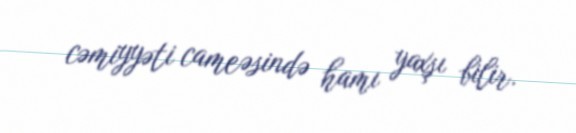
cəmiyyəti cameəsində hamı yaxşı bilir.